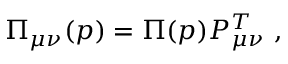
\Pi _ { \mu \nu } ( p ) = \Pi ( p ) P _ { \mu \nu } ^ { T } \ ,